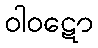
ဝါဝဋော